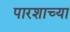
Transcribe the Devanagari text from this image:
पारशाच्या